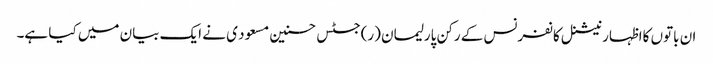
ان باتوں کااظہار نیشنل کانفرنس کے رکن پارلیمان (ر)جسٹس حسنین مسعود ی نے ایک بیان میں کیا ہے۔